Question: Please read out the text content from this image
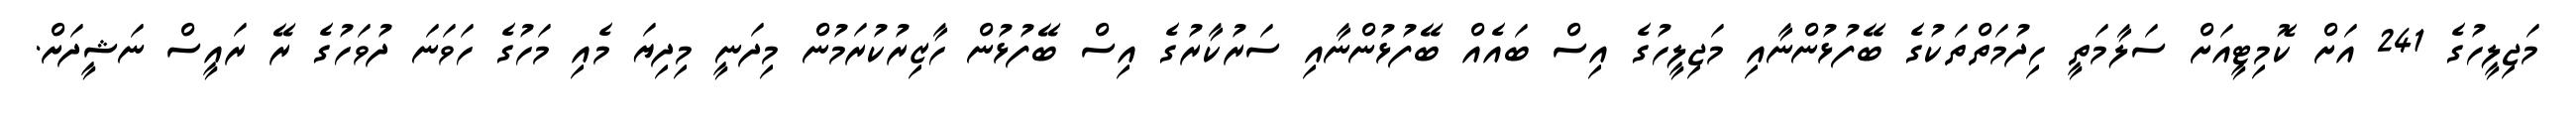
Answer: މަޖިލީހުގެ 241 އަށް ކޮމިޓީއަށް ސަލާމަތީ ހިދުމަތްތަކުގެ ބޭފުޅުންނާއި މަޖިލީހުގެ އިސް ބައެއް ބޭފުޅުންނާއި ސަރުކާރުގެ އިސް ބޭފުޅުން ހާޒިރުކުރަމުން މިދަނީ މިދިޔަ މެއި މަހުގެ ހަވަނަ ދުވަހުގެ ރޭ ރައީސް ނަޝީދަށް.